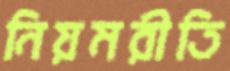
নিয়মরীতি